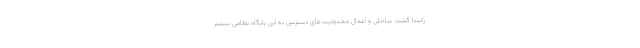
راستا گشت ساحلی و اعمال محدودیت‌های دسترسی به این پایگاه نظامی بیشتر